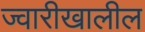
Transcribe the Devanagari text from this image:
ज्वारीखालील